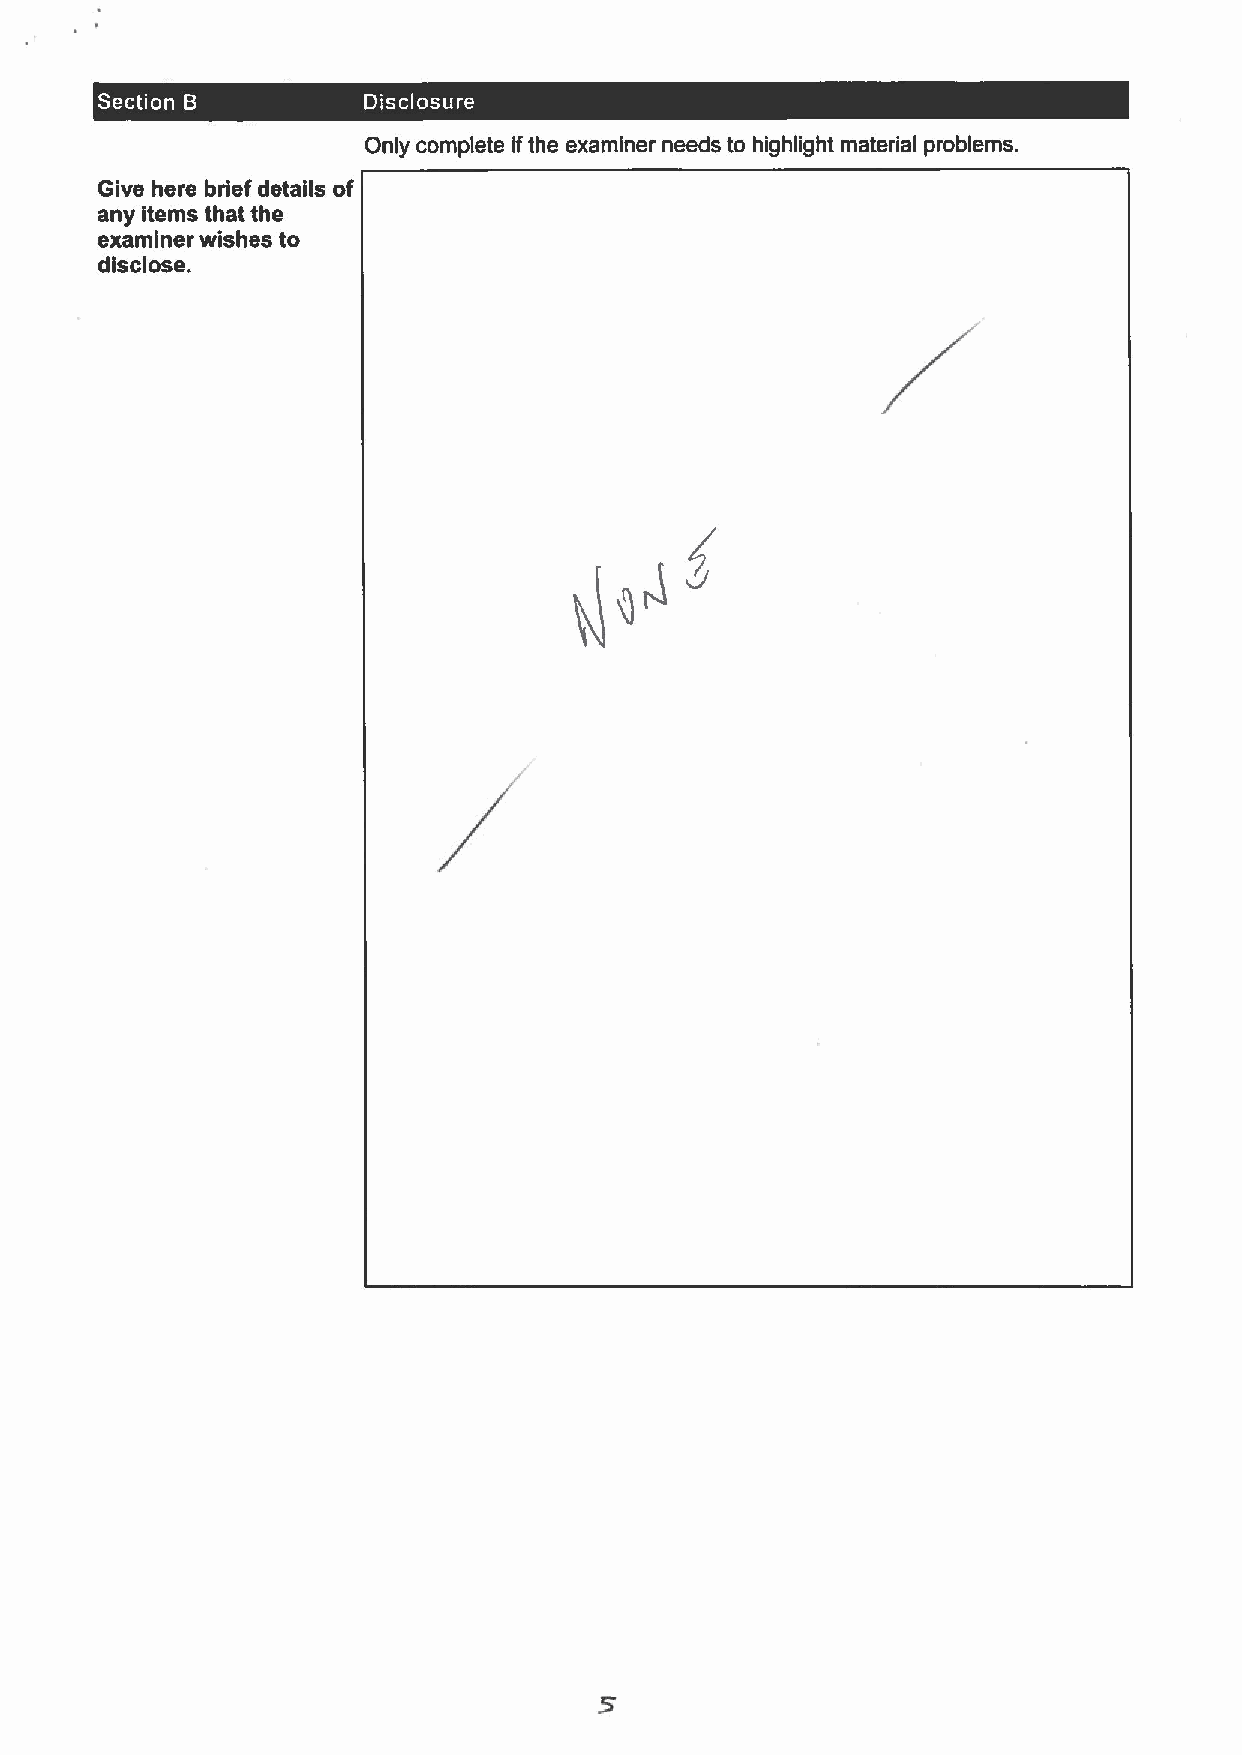
~   ~
 Only complete ifthe examiner needs to highlight material problems.
 Give here brief details of
 any items that the
 examiner wishes to
 disclose.